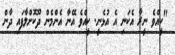
"ކީއްވެ ނީރާ އެކަނި އެ އުޅެނީ. ކީއްވެ އޭނާ އެންމެން ދޫކޮށްލާފައި ދާން